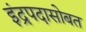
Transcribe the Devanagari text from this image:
इंद्रपदासोबत